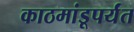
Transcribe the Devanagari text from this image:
काठमांडूपर्यंत